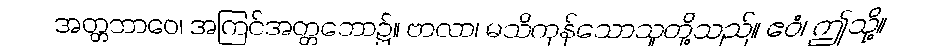
အတ္တဘာဝေ၊ အကြင်အတ္တဘော၌။ ဗာလာ၊ မသိကုန်သောသူတို့သည်။ ဧဝံ၊ ဤသို့။